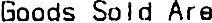
GOODS SOLD ARE